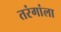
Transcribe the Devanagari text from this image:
तरंगांला